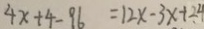
4 x + 4 - 9 6 = 1 2 x - 3 x + 2 4